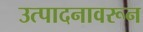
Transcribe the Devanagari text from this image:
उत्पादनावरून